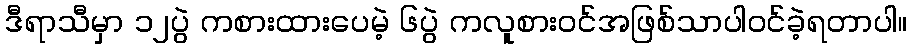
ဒီရာသီမှာ ၁၂ပွဲ ကစားထားပေမဲ့ ၆ပွဲ ကလူစားဝင်အဖြစ်သာပါဝင်ခဲ့ရတာပါ။